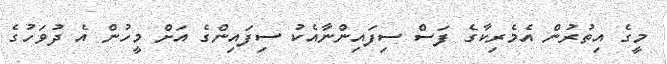
މީގެ އިތުރުން އެމެރިކާގެ ފަސް ސިފައިންނާއެކު ސިފައިންގެ އަށް މީހުން އެ ދުވަހުގެ